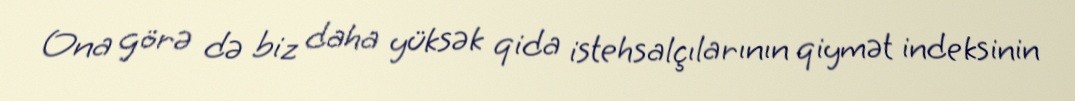
Ona görə də biz daha yüksək qida istehsalçılarının qiymət indeksinin